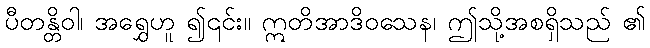
ပီတန္တိဝါ၊ အရွှေဟူ ၍၎င်း။ ဣတိအာဒိဝသေန၊ ဤသို့အစရှိသည် ၏